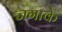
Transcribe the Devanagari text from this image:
जगाके